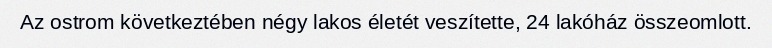
Az ostrom következtében négy lakos életét veszítette, 24 lakóház összeomlott.